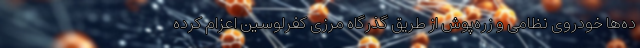
ده‌ها خودروی نظامی و زره‌پوش از طریق گذرگاه مرزی کفرلوسین اعزام کرده